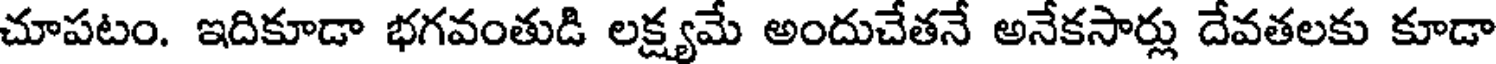
చూపటం. ఇదికూడా భగవంతుడి లక్ష్యమే అందుచేతనే అనేకసార్లు దేవతలకు కూడా